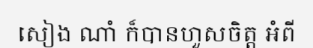
សៀង ណាំ ក៏បានហួសចិត្ត អំពី